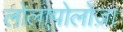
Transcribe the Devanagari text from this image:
लोलापोलोज़ा